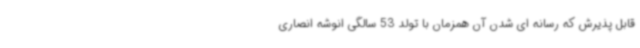
قابل پذیرش که رسانه ای شدن آن همزمان با تولد 53 سالگی انوشه انصاری